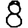
Digit: 8